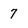
Character: 7